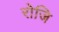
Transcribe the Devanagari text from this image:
रोजि